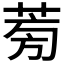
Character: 𦱘